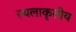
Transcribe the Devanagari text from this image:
स्थलाकृतीय